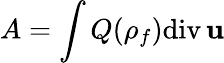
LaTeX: A=\int Q(\rho_{f})\mathrm{div}\, {\mathbf u}